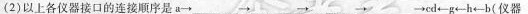
(2)以上各仪器接口的连接顺序是a→___→___→___→___→cd←g←h←b{仪器